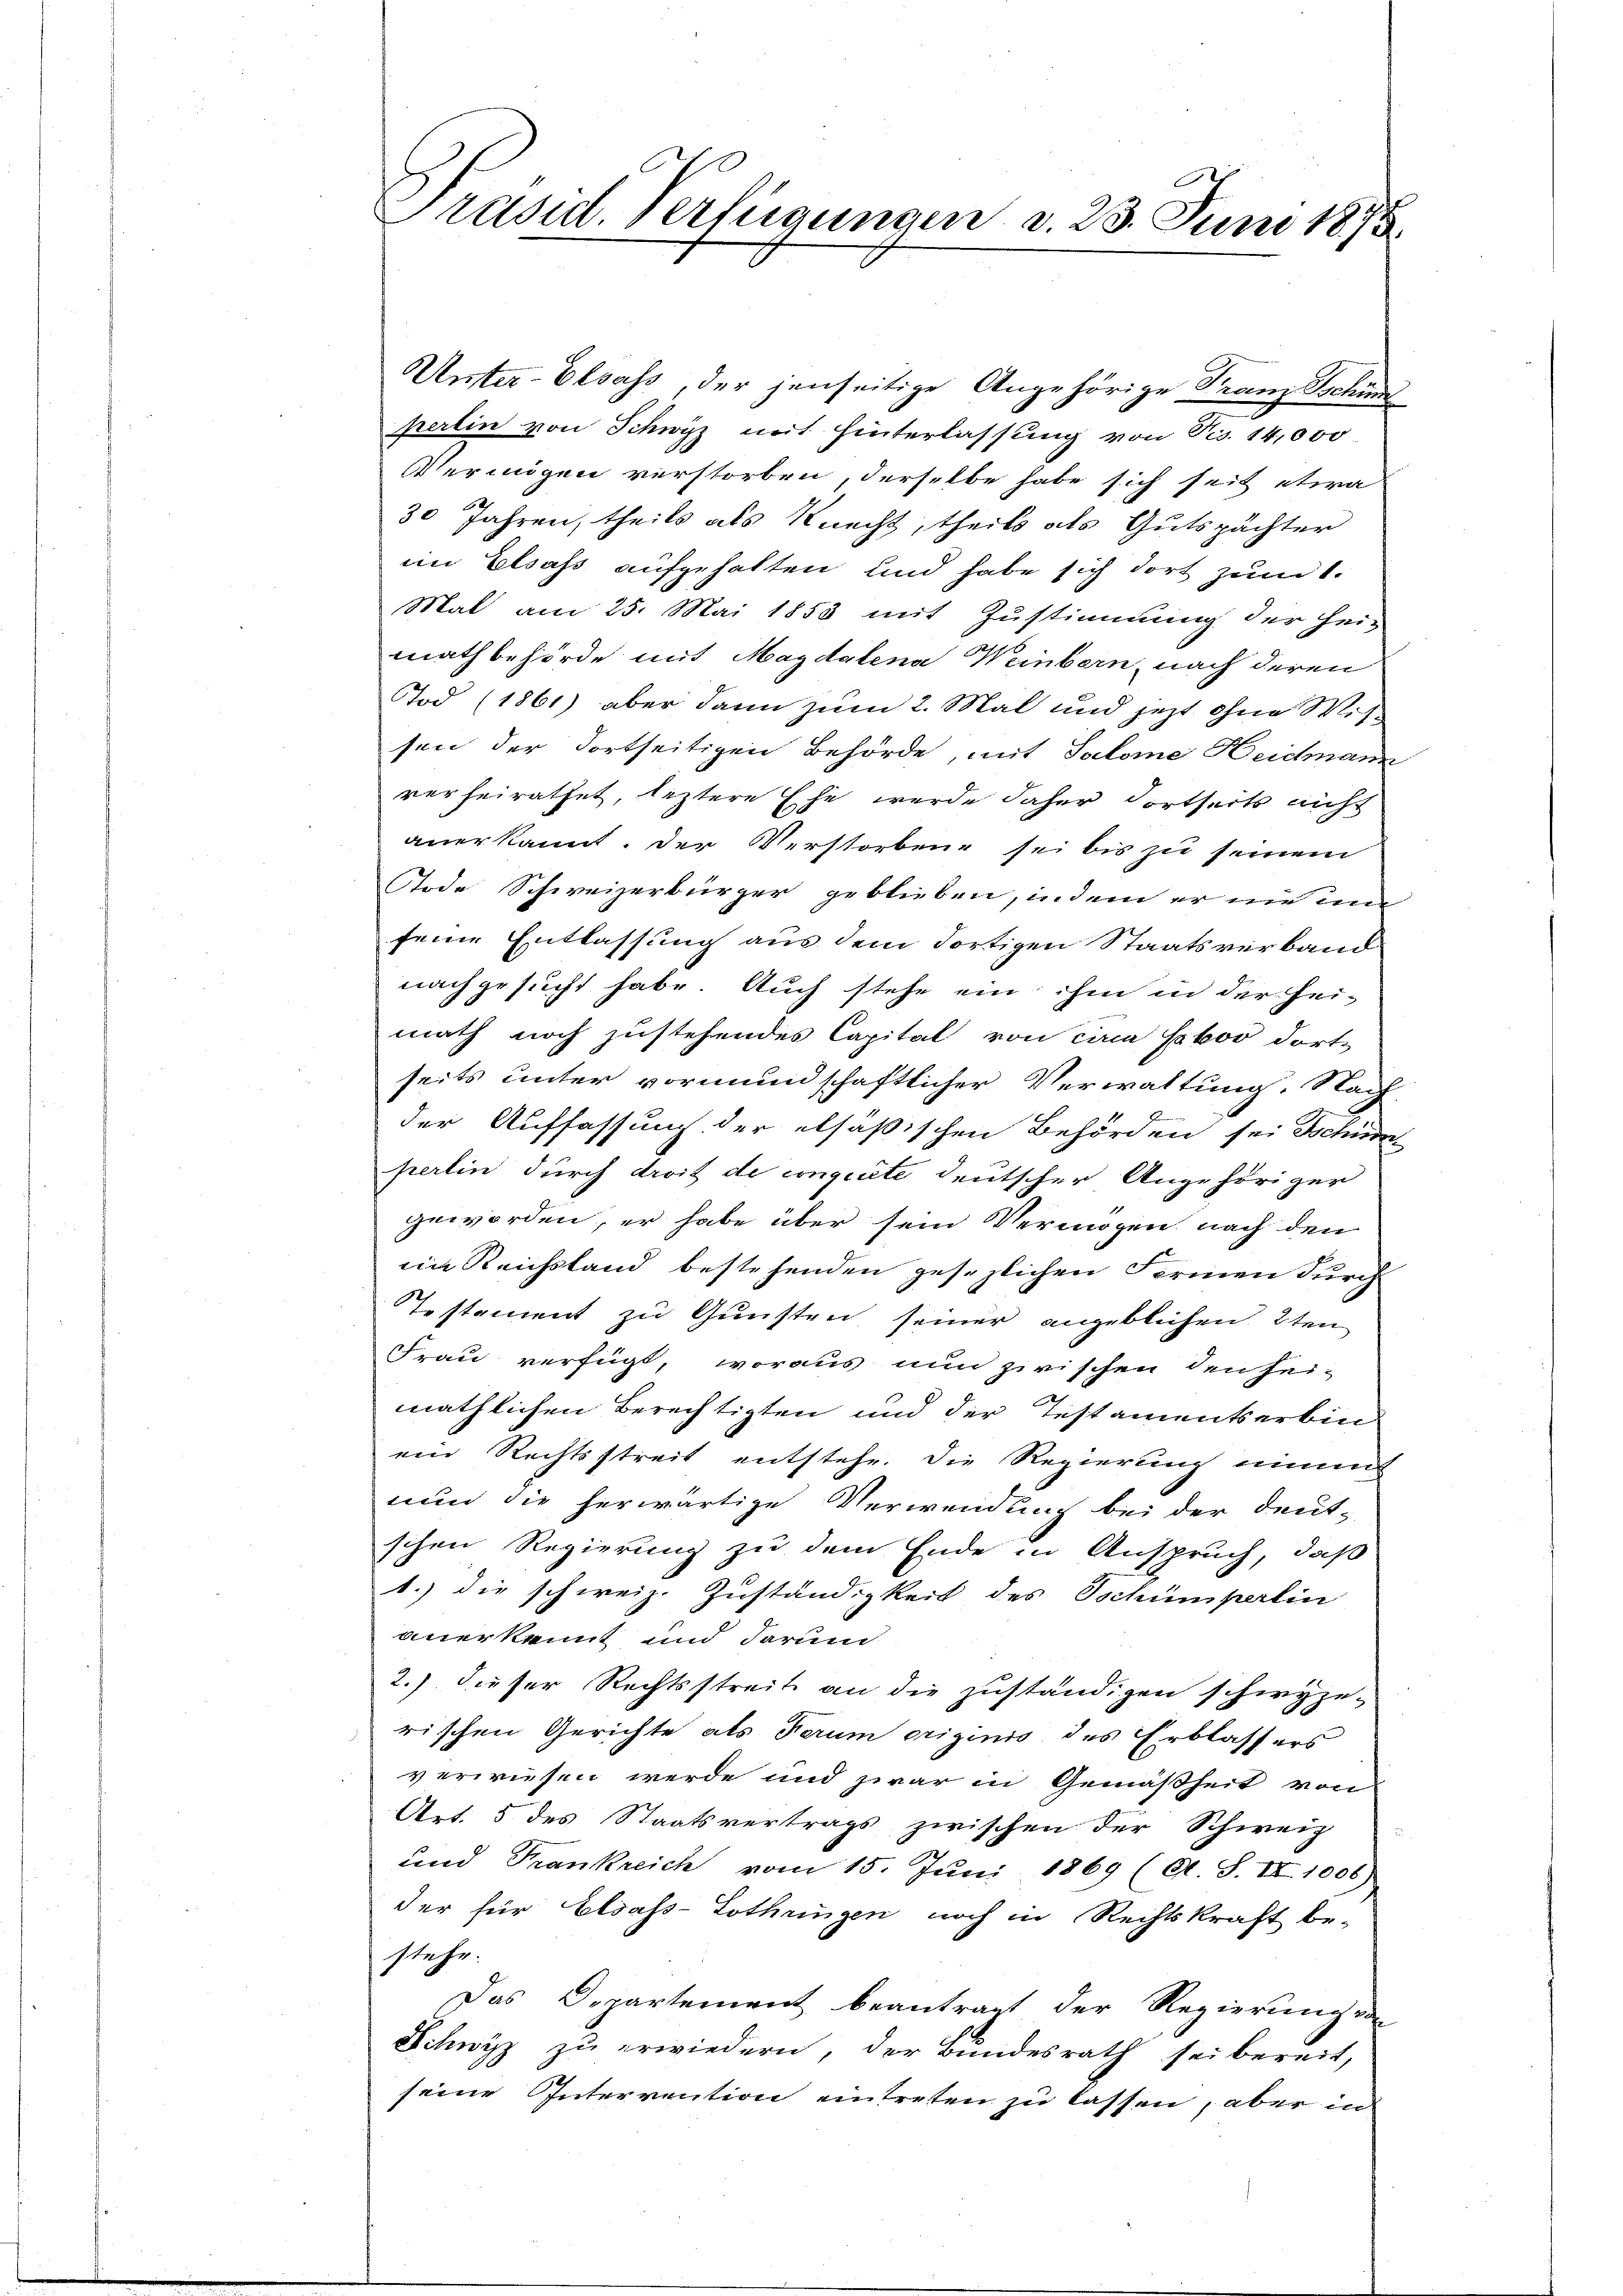
Prasil. Verfügungen d. 23. Juni 1873.

Unter-Elsass, der jenseitige Angehörige Franz Schum
perlin von Schwyz mit Hinterlassung von Nes. 14,000
Vermögen verstorben, derselbe habe sich seit etwa
30 Jahren, theils als Knecht, theils als Gutspächter
im Elsass aufgehalten und habe sich dort zum 1.
Mal am 25. Mai 1853 mit Zustimmung der hei-
mathbehörde mit Magdalena Weinbern, nach deren
Tod (1861) aber dann zum 2. Mal und jetzt ohne Wissen der Fortseitigen Behörde, mit Salome Heidmann
verheirathet, leztere Ehe wurde daher dortseits nicht
anerkannt. Der Verstorbene sei bis zu seinem
Tode Schweizerbürger geblieben, indem er nie und
seine Entlassung aus dem dortigen Staatsverband
nachgesucht habe. Auch stehe ein ihm in der Hei-
math noch zustehendes Capital von cam Feboo dorte
seits unter vormundschaftlicher Verwaltung. Nach
der Auffassung der elsaßischen Behörden sei Schüde
perlin durch droit de conquite deutscher Angehöriger
geworden, er habe über sein Vermögen nach den
ein Reichstand bestehenden gesezlichen Fermen durch
Testament zu Gunsten seiner angeblichen 2ten
Frau verfügt, woraus nun zwischen den hei-
mäthlichen Berechtigten und der Testamentserbiens
ven Rechtsstreit entstehe. Die Regierung nimme
nun die herwärtige Verwendung bei der deut-
schen Regierung zu dem Ende in Anspruch, daß
1.) die schweiz. Zuständigkeit des Schumperlin
anerkennt und darum
2.) dieser Rechtsstreit an die zuständigen schwyze-
rischen Gerichte als Ferum originis des Erblassers
verwiesen werde und zwar in Gemäßheit von
Art. 5 des Staatsvertrags zwischen der Schweiz
und Frankreich vom 15. Jŭni 1869 (A. S. II 1006)
der für Elsass-Lothringen noch in Rechtskraft be-
stehe.
Das Departement beantragt der Regierung von
Schwyz zu erwiedern, der Bundesrath sei bereit,
seine Intervention eintreten zu lassen, aber in